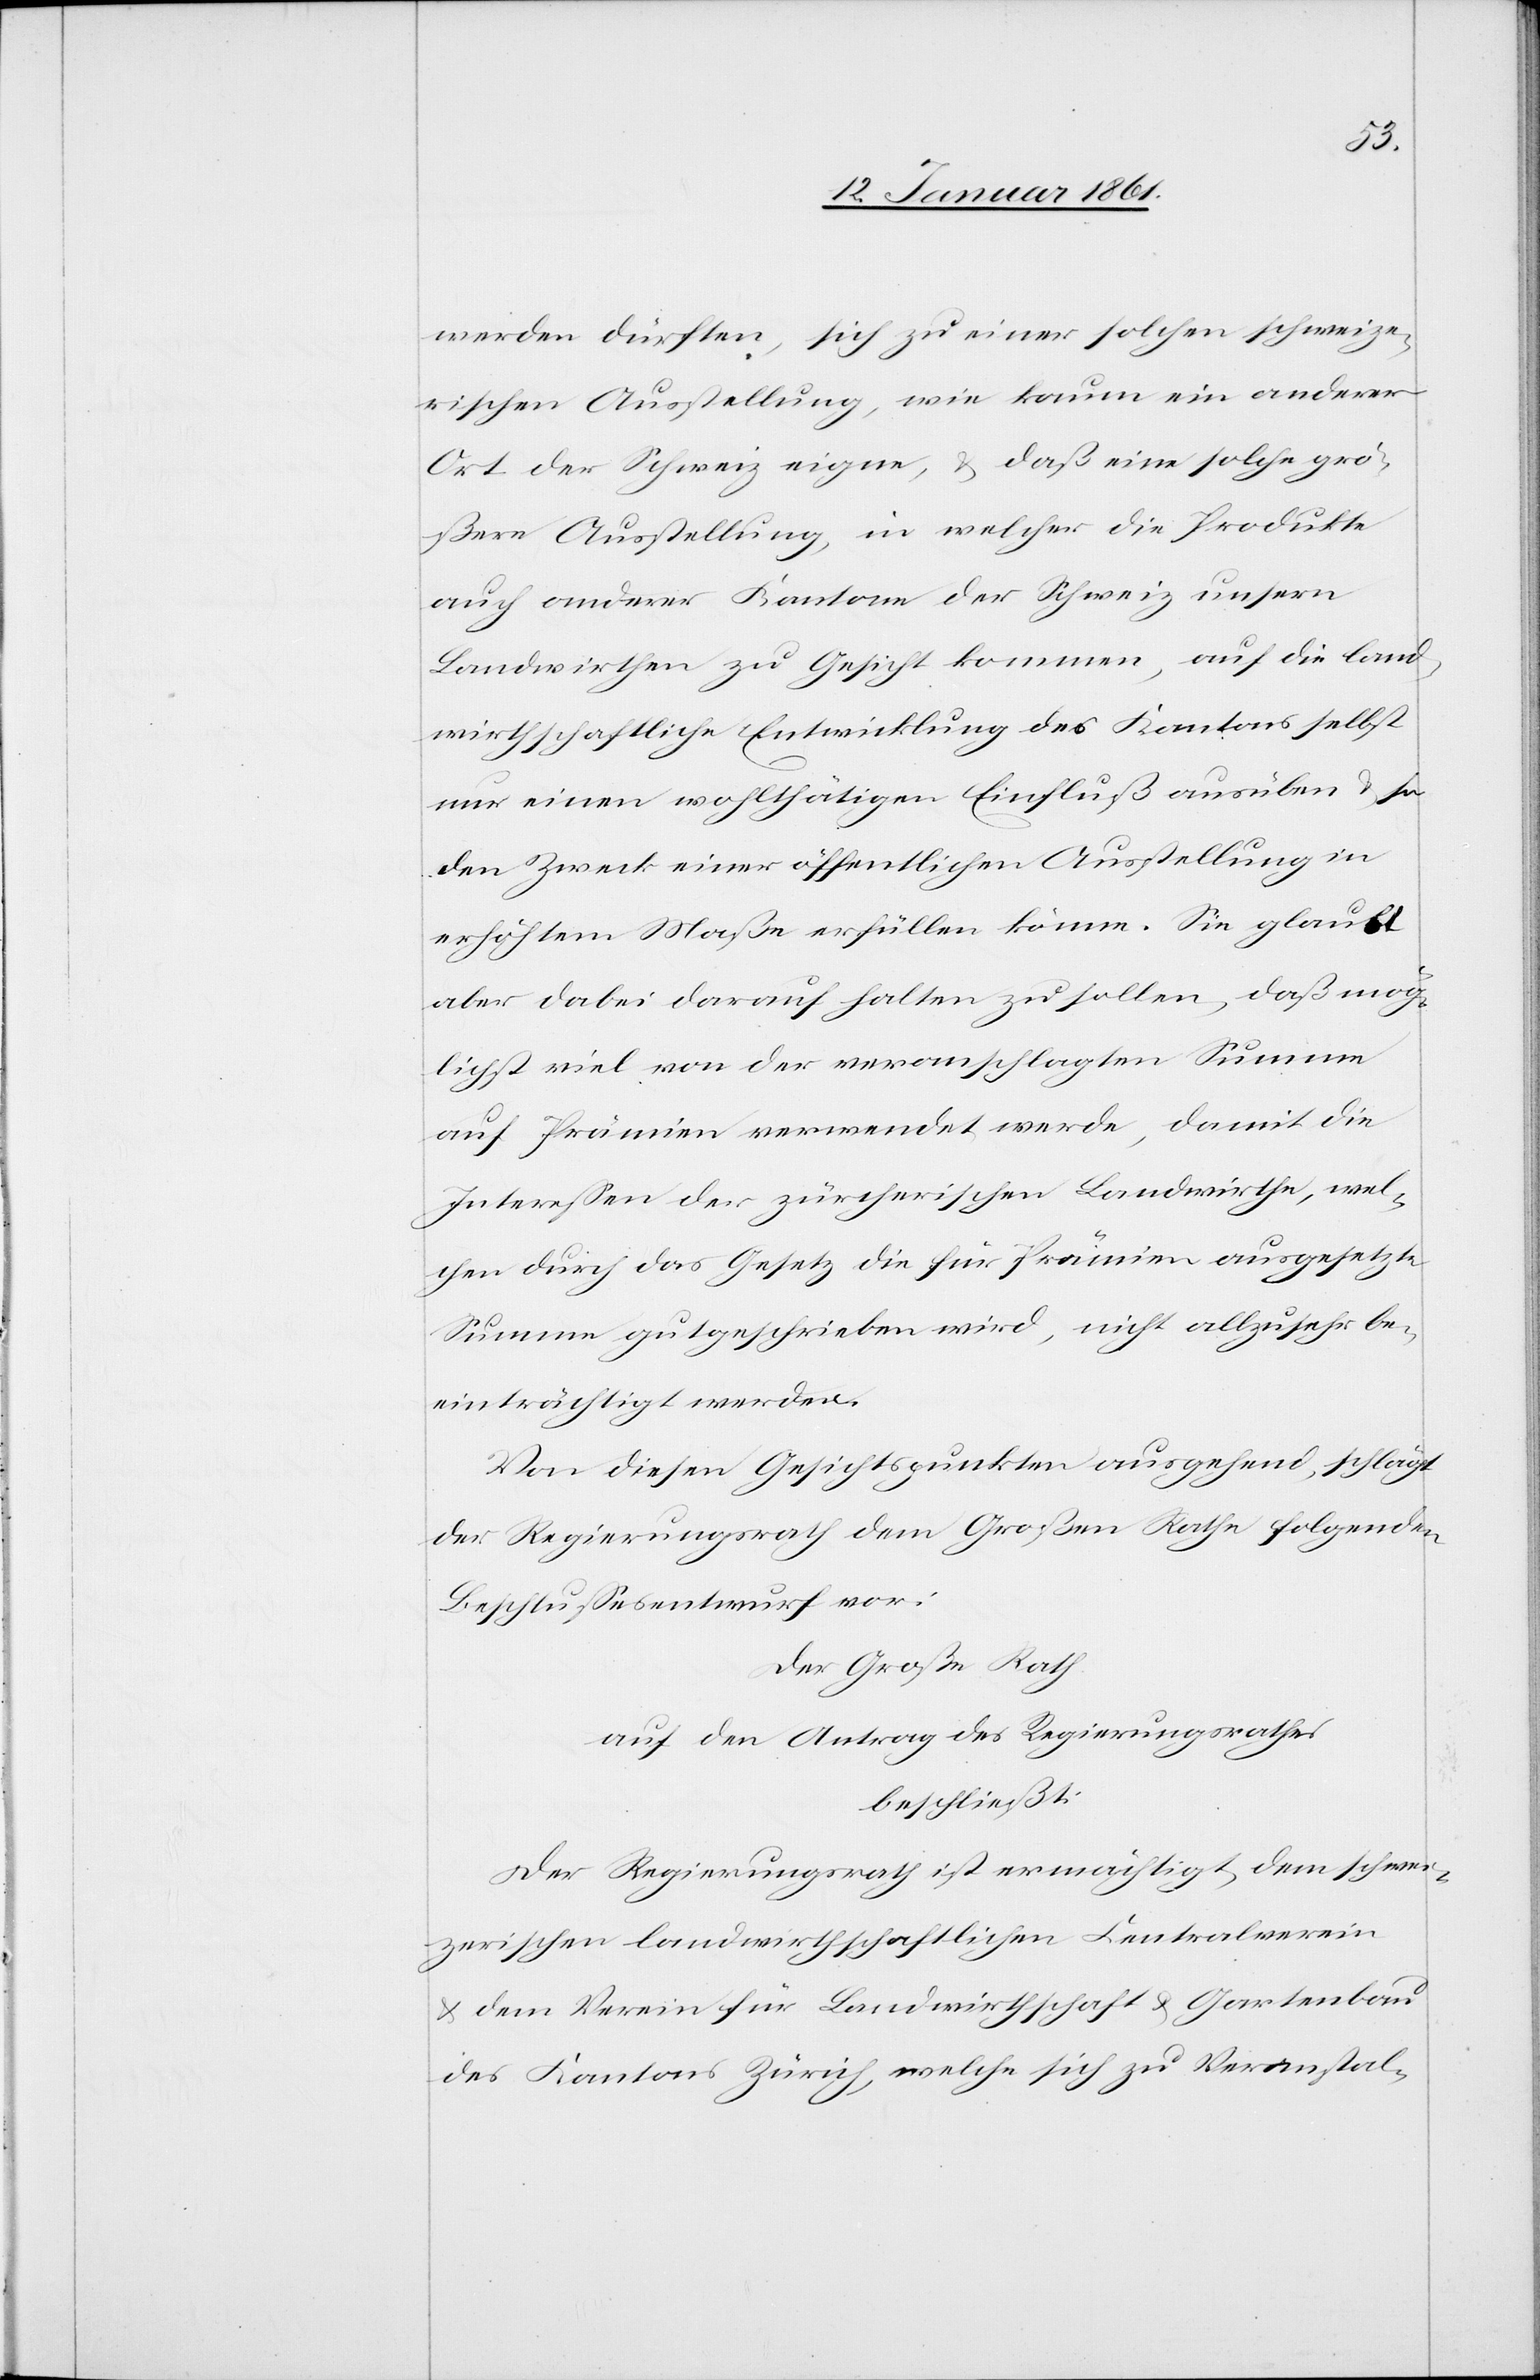
werden dürften, sich zu einer solchen schweize¬
rischen Ausstellung, wie kaum ein anderer
Ort der Schweiz eigne, u. daß eine solche grö¬
ßere Ausstellung, in welcher die Produkte
auch anderer Kantone der Schweiz unsern
Landwirthen zu Gesicht kommen, auf die land¬
wirthschaftliche Entwicklung des Kantons selbst
nur einen wohlthätigen Einfluß ausüben u. so
den Zweck einer öffentlichen Ausstellung in
erhöhtem Maße erfüllen könne. Sie glaubt
aber dabei darauf halten zu sollen, daß mög¬
lichst viel von der veranschlagten Summe
auf Prämien verwendet werde, damit die
Interessen der zürcherischen Landwirthe, wel¬
chen durch das Gesetz die für Prämien ausgesetzte
Summe gutgeschrieben wird, nicht allzusehr be¬
einträchtigt werden.
Von diesen Gesichtspunkten ausgehend, schlägt
der Regierungsrath dem Großen Rathe folgenden
Beschlussesentwurf vor:
Der Große Rath
auf den Antrag des Regierungsrathes
beschließt:
Der Regierungsrath ist ermächtigt, dem schwei¬
zerischen landwirthschaftlichen Centralverein
u. dem Verein für Landwirthschaft u. Gartenbau
des Kantons Zürich, welche sich zu Veranstal-